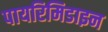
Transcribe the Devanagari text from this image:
पायरिमिडाइन